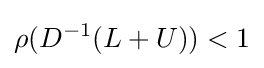
\rho (D^{-1}(L+U))<1